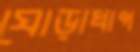
ঘোড়াধাপ